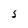
Character: s